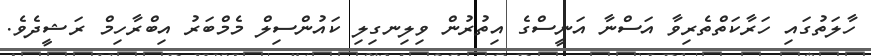
ހާލަތުގައި ހަރާކަތްތެރިވާ އަސްނާ އަނީސްގެ އިތުރުން ވިލިނގިލި ކައުންސިލް މެމްބަރު އިބްރާހިމް ރަޝީދެވެ.